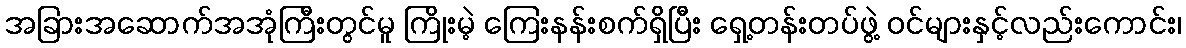
အခြားအဆောက်အအုံကြီးတွင်မူ ကြိုးမဲ့ ကြေးနန်းစက်ရှိပြီး ရှေ့တန်းတပ်ဖွဲ့ ဝင်များနှင့်လည်းကောင်း၊